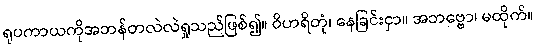
ရုပကာယကိုအဘန်တလဲလဲရှုသည်ဖြစ်၍။ ဝိဟရိတုံ၊ နေခြင်းငှာ။ အဘဗ္ဗော၊ မထိုက်။